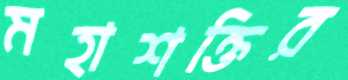
মহাশক্তির